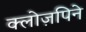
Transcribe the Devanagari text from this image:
क्लोज़पिने